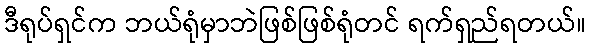
ဒီရုပ်ရှင်က ဘယ်ရုံမှာဘဲဖြစ်ဖြစ်ရုံတင် ရက်ရှည်ရတယ်။